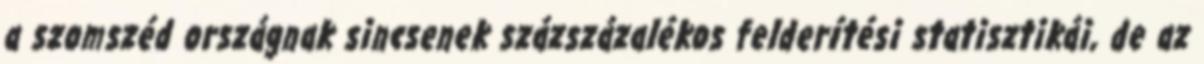
a szomszéd országnak sincsenek százszázalékos felderítési statisztikái, de az